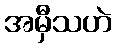
အမှီသဟဲ